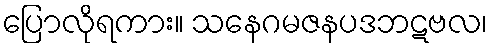
ပြောလိုရကား။ သနေဂမဇနပဒဘဋဗလ၊